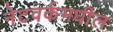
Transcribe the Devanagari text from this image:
नेटवर्कमधील